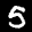
Label: 5